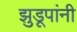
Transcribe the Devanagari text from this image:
झुडूपांनी